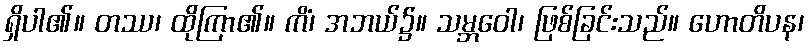
ရှိပါ၏။ တဿ၊ ထိုကြာ၏။ ကိံ၊ အဘယ်၌။ သမ္ဘဝေါ၊ ဖြစ်ခြင်းသည်။ ဟောတိပန၊